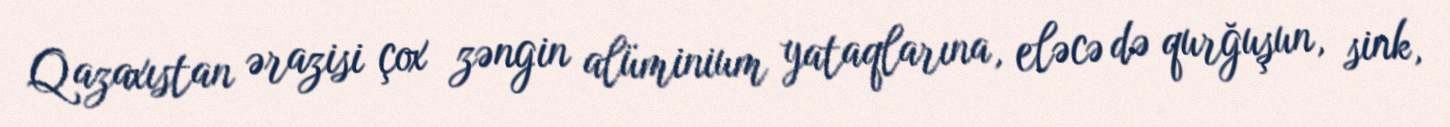
Qazaxıstan ərazisi çox zəngin alüminium yataqlarına, eləcə də qurğuşun, sink,